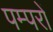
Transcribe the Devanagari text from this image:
पम्परों